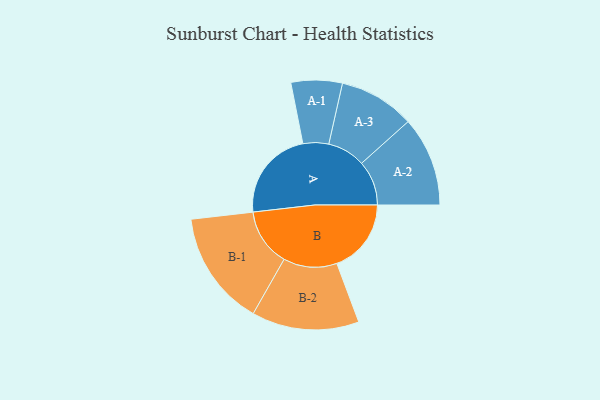
{"axis": {"x": "Segment", "y": "Value"}, "legend": ["", "A", "B"], "data": [{"x": "A", "y": 371, "type": ""}, {"x": "B", "y": 302, "type": ""}, {"x": "A-1", "y": 104, "type": "A"}, {"x": "A-2", "y": 182, "type": "A"}, {"x": "A-3", "y": 154, "type": "A"}, {"x": "B-1", "y": 234, "type": "B"}, {"x": "B-2", "y": 218, "type": "B"}]}